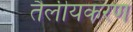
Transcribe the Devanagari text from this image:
तैलीयकरण